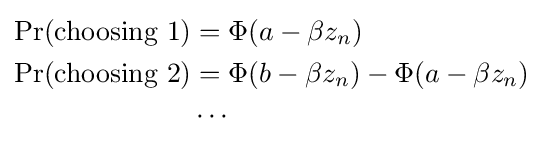
{\begin{aligned}\Pr({\text{choosing }}1)&=\Phi (a-\beta z_{n})\\\Pr({\text{choosing }}2)&=\Phi (b-\beta z_{n})-\Phi (a-\beta z_{n})\\&\cdots \end{aligned}}